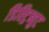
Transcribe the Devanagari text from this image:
डिस्ट्रिब्युट